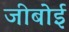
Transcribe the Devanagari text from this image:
जीबोई